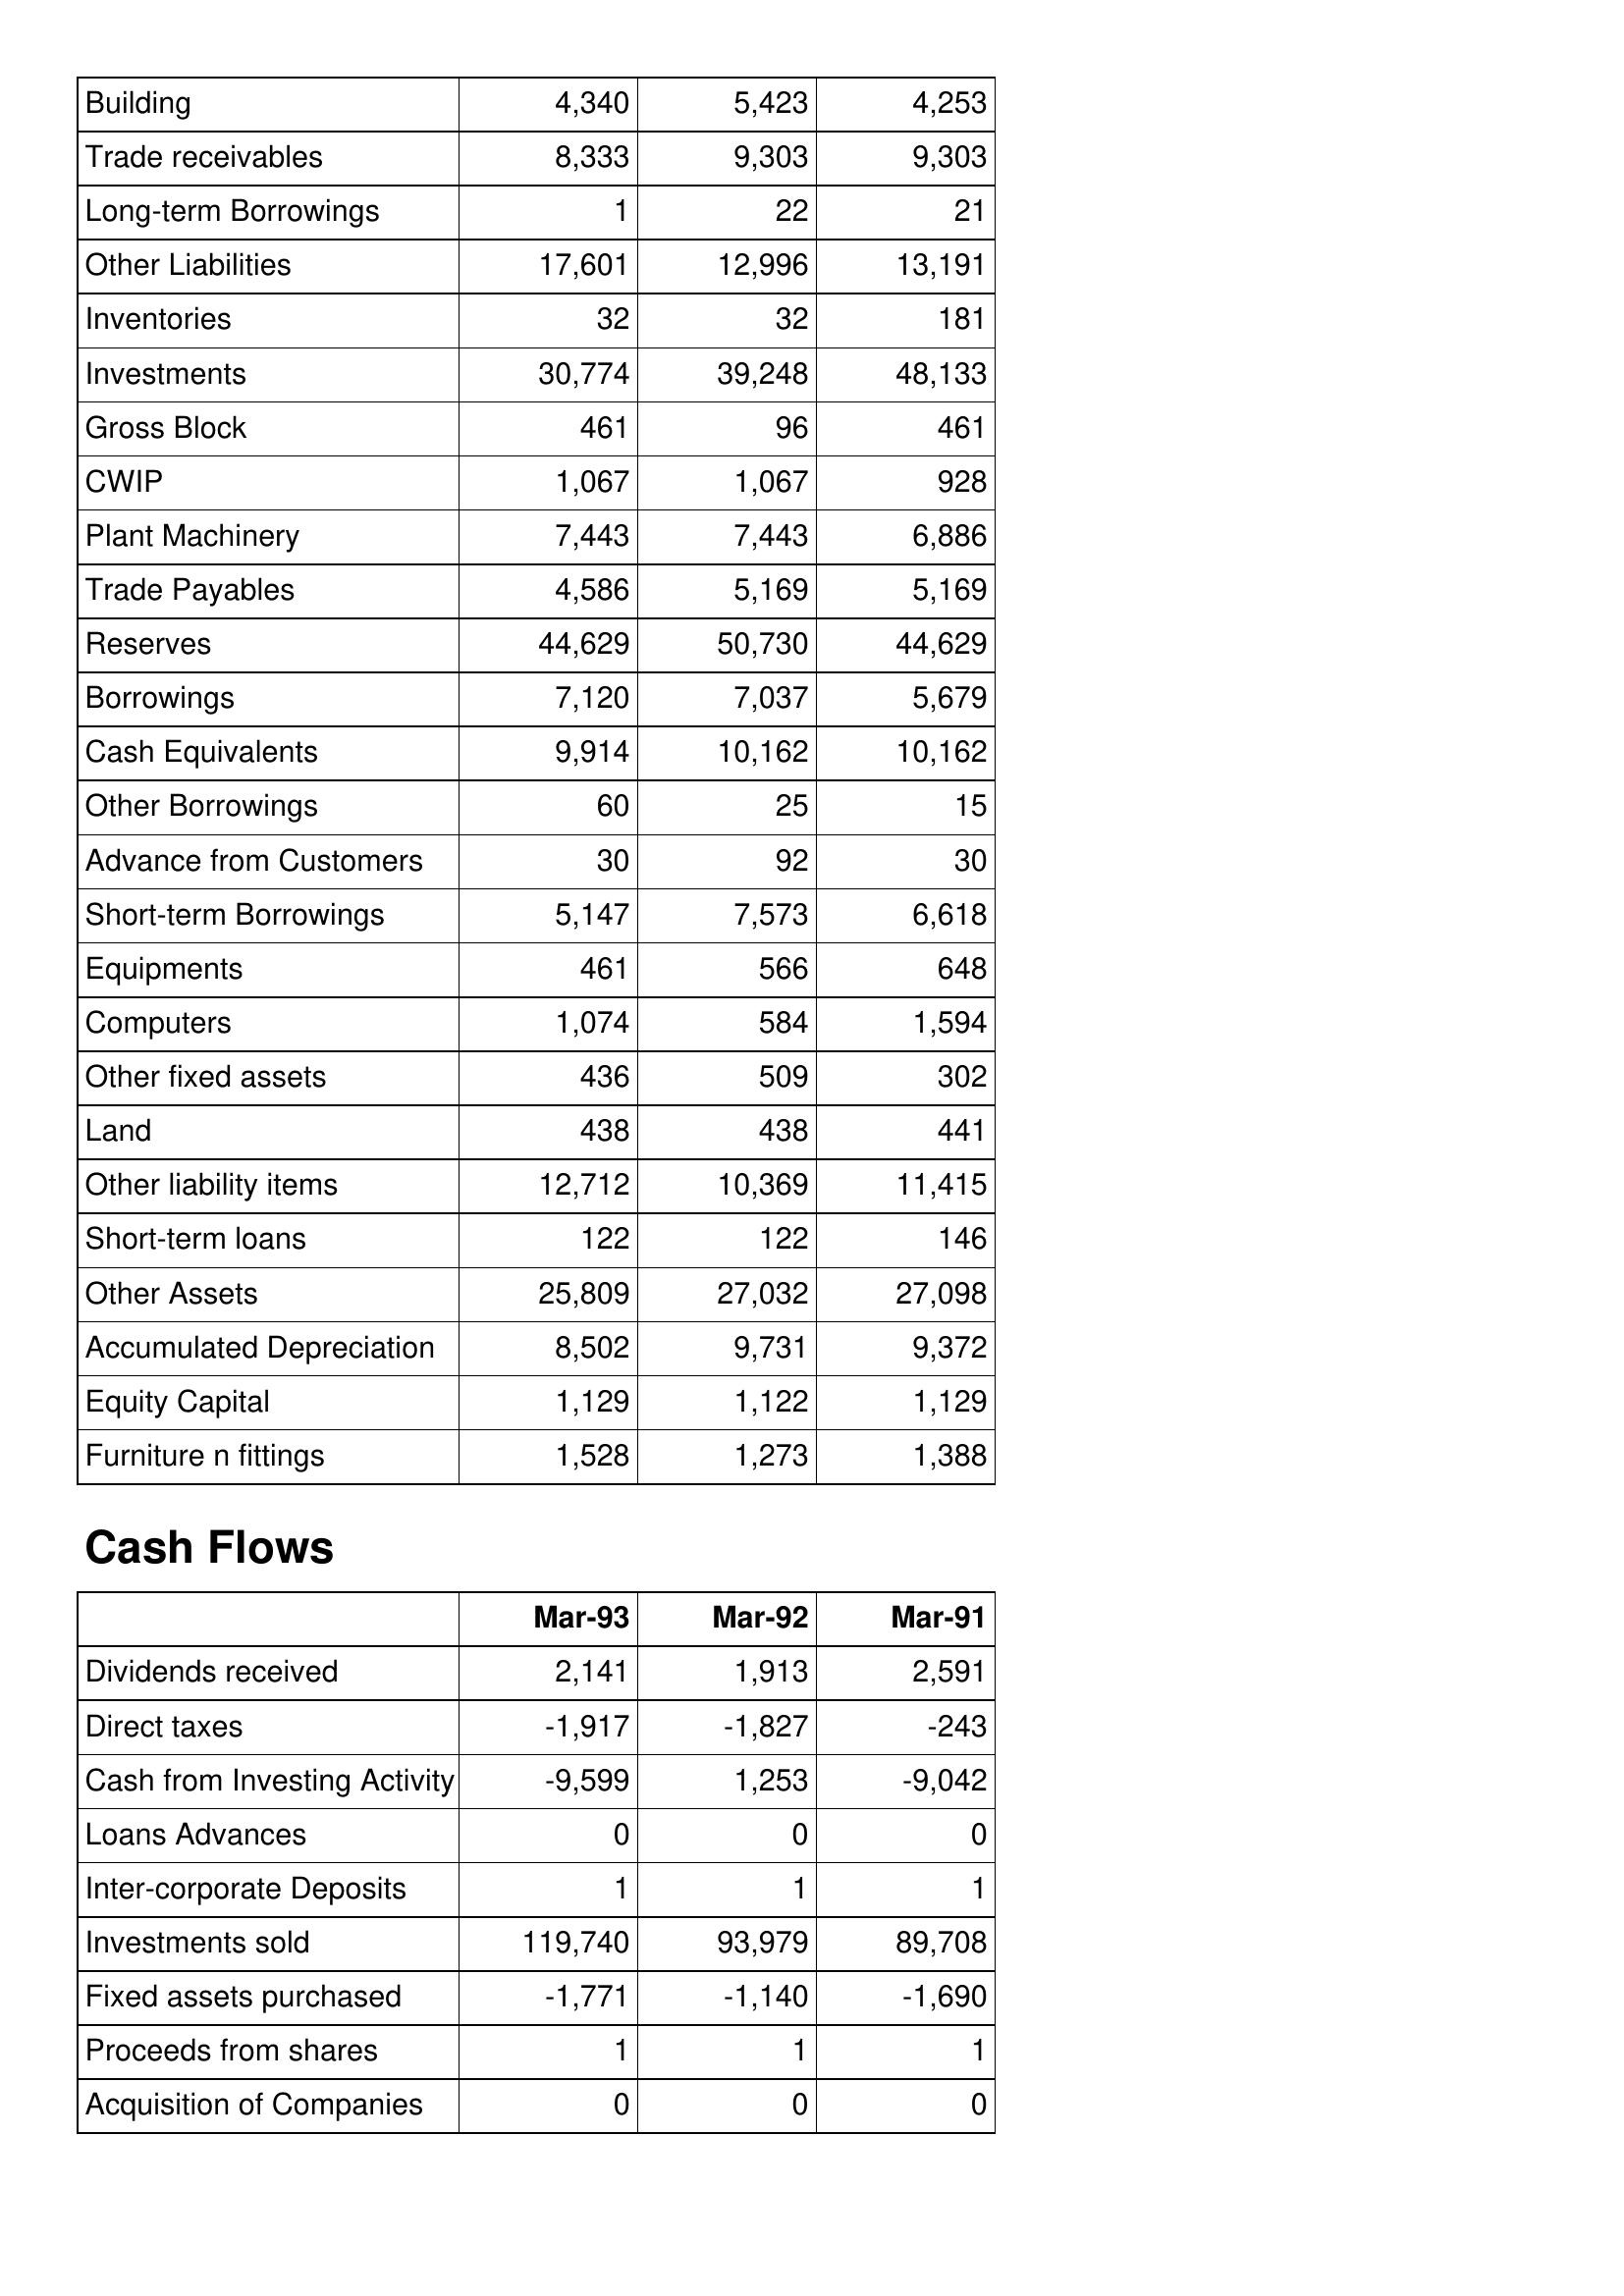
Mar-93: Balance Sheet: Building: 4,340
Trade receivables: 8,333
Long-term Borrowings: 1
Other Liabilities: 17,601
Inventories: 32
Investments: 30,774
Gross Block: 461
CWIP: 1,067
Plant Machinery: 7,443
Trade Payables: 4,586
Reserves: 44,629
Borrowings: 7,120
Cash Equivalents: 9,914
Other Borrowings: 60
Advance from Customers: 30
Short-term Borrowings: 5,147
Equipments: 461
Computers: 1,074
Other fixed assets: 436
Land: 438
Other liability items: 12,712
Short-term loans: 122
Other Assets: 25,809
Accumulated Depreciation: 8,502
Equity Capital: 1,129
Furniture n fittings: 1,528
Cash Flows: Dividends received: 2,141
Direct taxes: -1,917
Cash from Investing Activity: -9,599
Loans Advances: 0
Inter-corporate Deposits: 1
Investments sold: 119,740
Fixed assets purchased: -1,771
Proceeds from shares: 1
Acquisition of Companies: 0
Mar-92: Balance Sheet: Building: 5,423
Trade receivables: 9,303
Long-term Borrowings: 22
Other Liabilities: 12,996
Inventories: 32
Investments: 39,248
Gross Block: 96
CWIP: 1,067
Plant Machinery: 7,443
Trade Payables: 5,169
Reserves: 50,730
Borrowings: 7,037
Cash Equivalents: 10,162
Other Borrowings: 25
Advance from Customers: 92
Short-term Borrowings: 7,573
Equipments: 566
Computers: 584
Other fixed assets: 509
Land: 438
Other liability items: 10,369
Short-term loans: 122
Other Assets: 27,032
Accumulated Depreciation: 9,731
Equity Capital: 1,122
Furniture n fittings: 1,273
Cash Flows: Dividends received: 1,913
Direct taxes: -1,827
Cash from Investing Activity: 1,253
Loans Advances: 0
Inter-corporate Deposits: 1
Investments sold: 93,979
Fixed assets purchased: -1,140
Proceeds from shares: 1
Acquisition of Companies: 0
Mar-91: Balance Sheet: Building: 4,253
Trade receivables: 9,303
Long-term Borrowings: 21
Other Liabilities: 13,191
Inventories: 181
Investments: 48,133
Gross Block: 461
CWIP: 928
Plant Machinery: 6,886
Trade Payables: 5,169
Reserves: 44,629
Borrowings: 5,679
Cash Equivalents: 10,162
Other Borrowings: 15
Advance from Customers: 30
Short-term Borrowings: 6,618
Equipments: 648
Computers: 1,594
Other fixed assets: 302
Land: 441
Other liability items: 11,415
Short-term loans: 146
Other Assets: 27,098
Accumulated Depreciation: 9,372
Equity Capital: 1,129
Furniture n fittings: 1,388
Cash Flows: Dividends received: 2,591
Direct taxes: -243
Cash from Investing Activity: -9,042
Loans Advances: 0
Inter-corporate Deposits: 1
Investments sold: 89,708
Fixed assets purchased: -1,690
Proceeds from shares: 1
Acquisition of Companies: 0